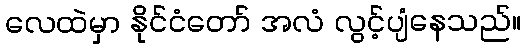
လေထဲမှာ နိုင်ငံတော် အလံ လွင့်ပျံနေသည်။